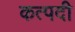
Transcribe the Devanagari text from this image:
कत्पदी